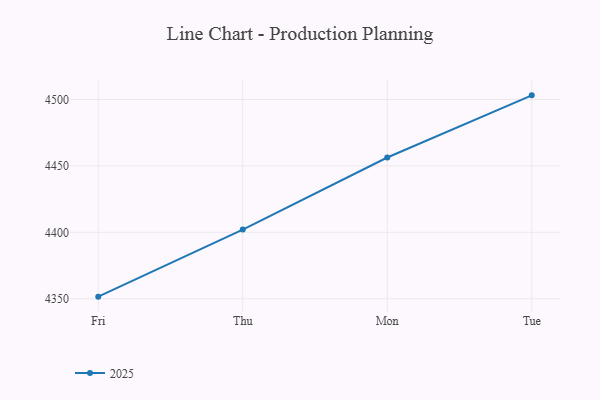
{"axis": {"x": "Day", "y": "Bounce Rate (%)"}, "legend": ["2025"], "data": [{"x": "Fri", "y": 4351.6, "type": "2025"}, {"x": "Thu", "y": 4402.1, "type": "2025"}, {"x": "Mon", "y": 4456.3, "type": "2025"}, {"x": "Tue", "y": 4503.1, "type": "2025"}]}